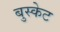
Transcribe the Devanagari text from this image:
बुस्केट